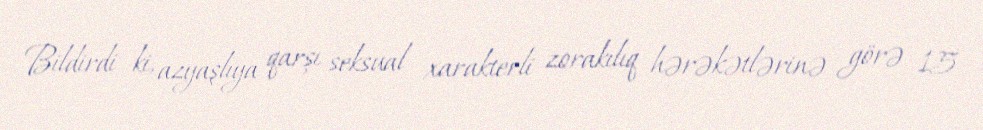
Bildirdi ki, azyaşlıya qarşı seksual xarakterli zorakılıq hərəkətlərinə görə 15